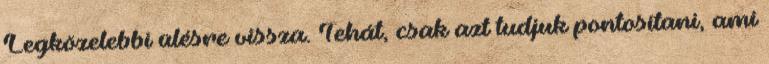
Legközelebbi ülésre vissza. Tehát, csak azt tudjuk pontosítani, ami